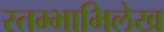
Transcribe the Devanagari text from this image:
स्तम्भाभिलेख